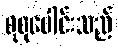
စုစုပေါင်းသည်